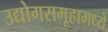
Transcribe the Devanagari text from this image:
उद्योगसमूहामध्ये